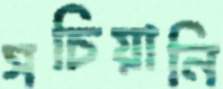
সচিয়ানি